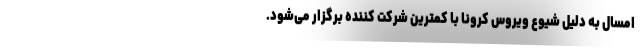
امسال به دلیل شیوع ویروس کرونا با کمترین شرکت کننده برگزار می‌شود.